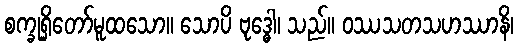
စက္ခုရှိတော်မူထသော။ သောပိ ဗုဒ္ဓေါ၊ သည်။ ဝဿသတသဟဿာနိ၊